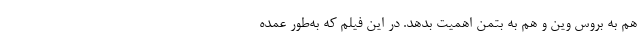
هم به بروس وین و هم به بتمن اهمیت بدهد. در این فیلم که به‌طور عمده